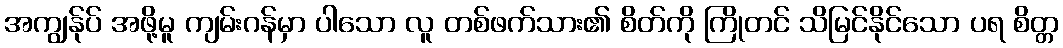
အကျွန်ုပ် အဖို့မူ ကျမ်းဂန်မှာ ပါသော လူ တစ်ဖက်သား၏ စိတ်ကို ကြိုတင် သိမြင်နိုင်သော ပရ စိတ္တ